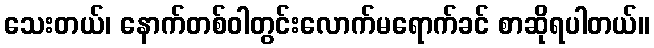
သေးတယ်၊ နောက်တစ်ဝါတွင်းလောက်မရောက်ခင် စာဆိုရပါတယ်။